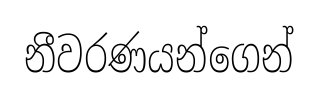
නීවරණයන්ගෙන්